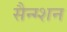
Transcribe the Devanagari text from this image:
सैन्ग्शन